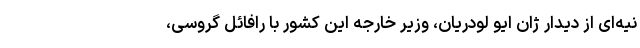
نیه‌ای از دیدار ژان ایو لودریان، وزیر خارجه این کشور با رافائل گروسی،